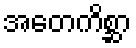
အတေကိစ္ဆာ